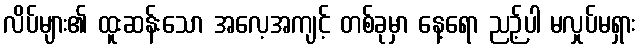
လိပ်များ၏ ထူးဆန်းသော အလေ့အကျင့် တစ်ခုမှာ နေ့ရော ညဉ့်ပါ မလှုပ်မရှား